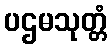
ပဌမသုတ္တံ